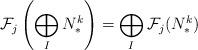
LaTeX: \begin{align*} \mathcal{F}_{j} \left( \bigoplus_I N_*^k \right) = \bigoplus_I \mathcal{F}_j (N_*^k) \end{align*}